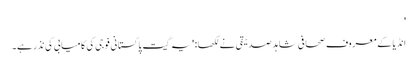
'
انڈیا کے معروف صحافی شاہد صدیقی نے لکھا: 'یہ گیت پاکستانی فوجی کی کامیابی کی نذر ہے۔